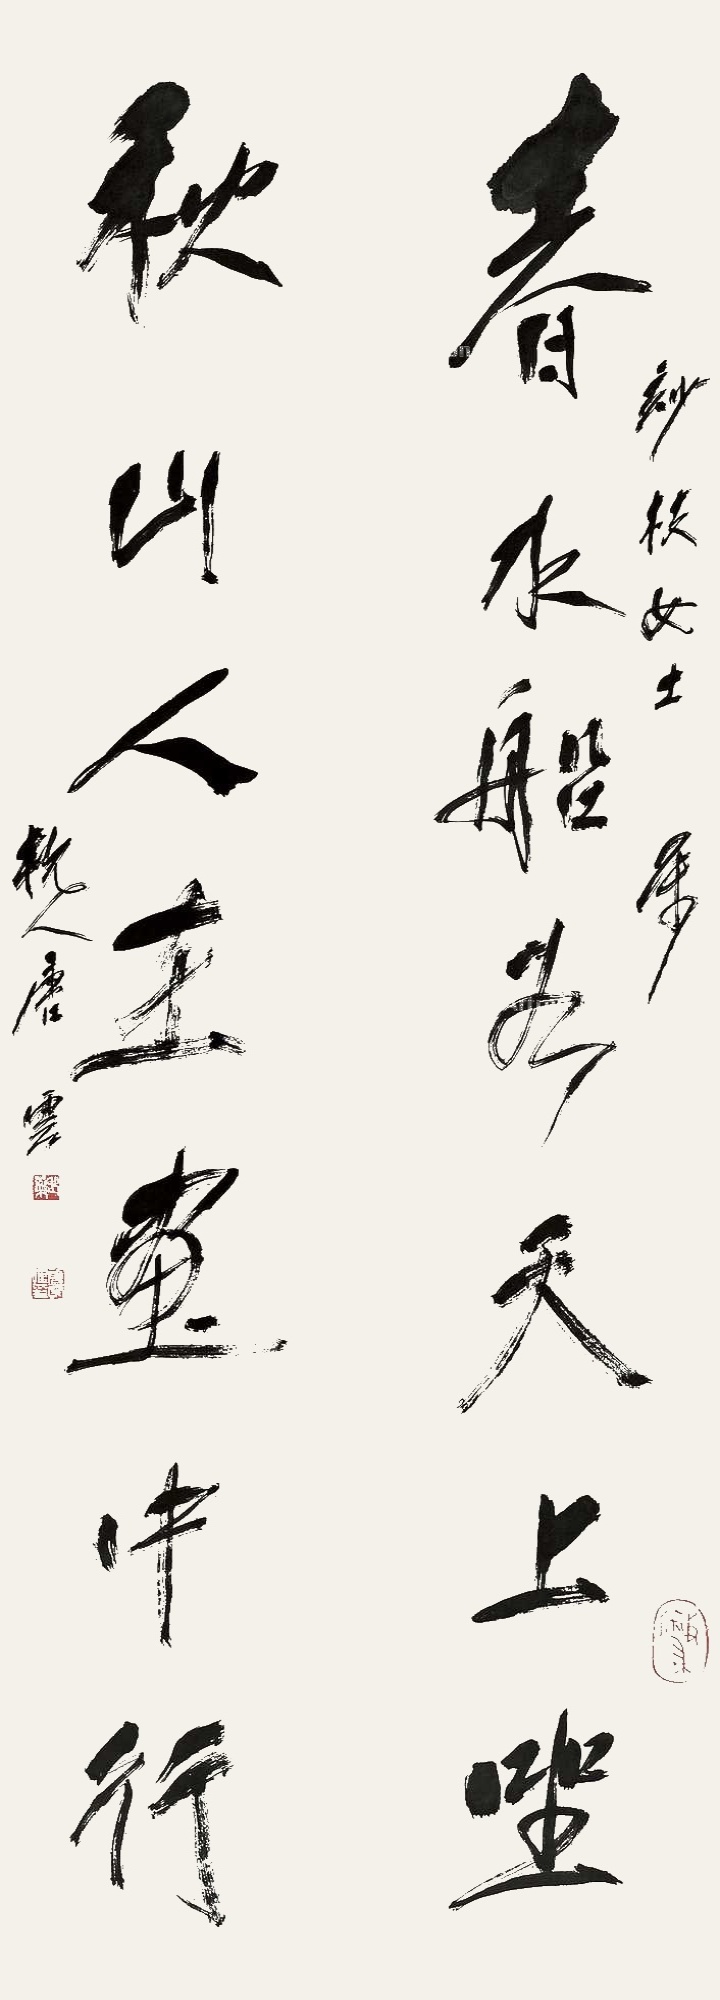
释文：春水船如天上坐，秋山人在画中行。玅枝女士属，杭人唐云。